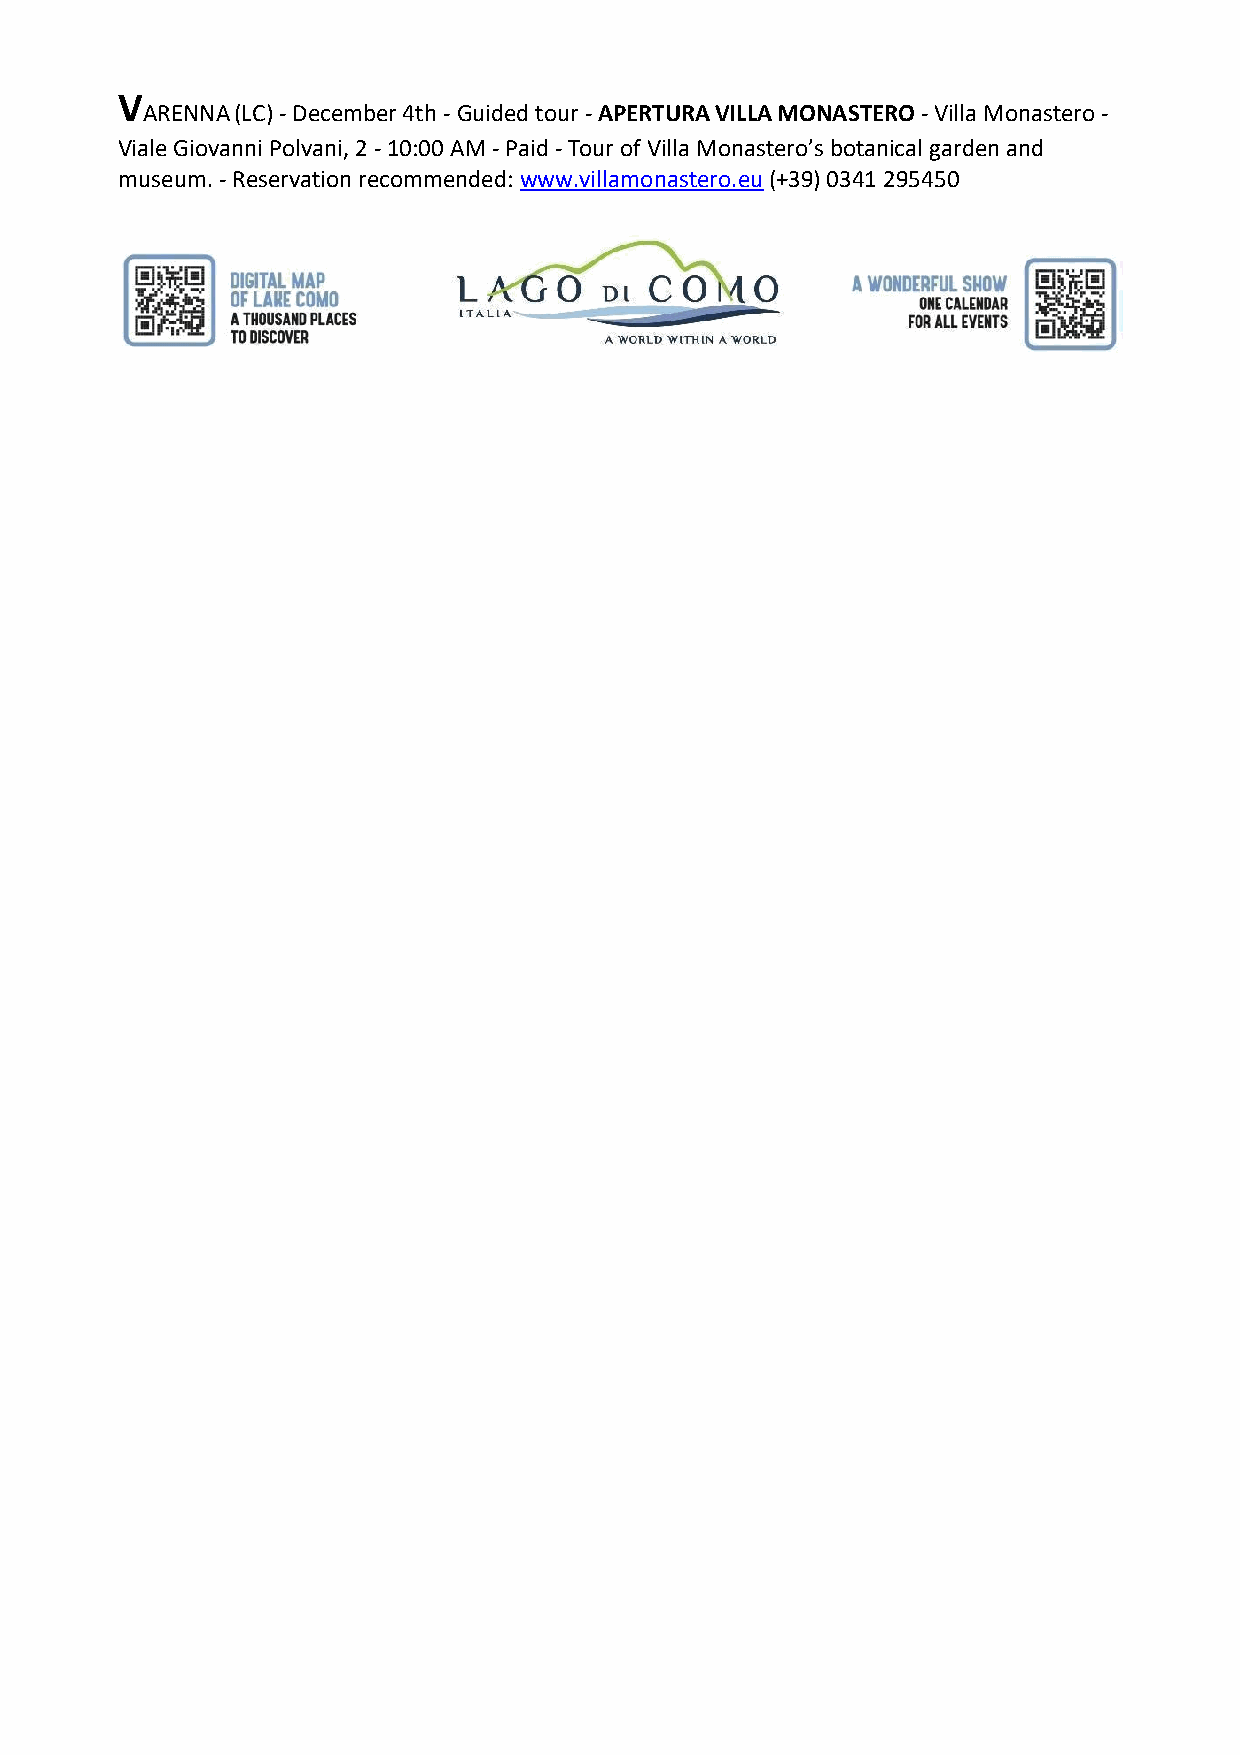
V
 ARENNA (LC) - December 4th - Guided tour - APERTURA VILLA MONASTERO - Villa Monastero -
 Viale Giovanni Polvani, 2 - 10:00 AM - Paid - Tour of Villa Monastero’s botanical garden and
 museum. - Reservation recommended: www.villamonastero.eu (+39) 0341 295450